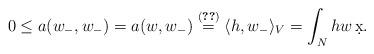
LaTeX: \begin{align*}0 \leq a(w_-,w_-)=a(w,w_-)\stackrel{\eqref{wfw}}{=} \langle h,w_-\rangle_V= \int_N hw\,\d x.\end{align*}